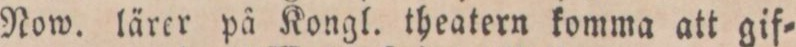
Now. lärer på Kongl. theatern komma att gif=